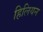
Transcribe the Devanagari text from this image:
हिलियन